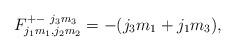
LaTeX: \begin{align*}F_{j_{1}m_{1},j_{2}m_{2}}^{+-~j_{3}m_{3}} = -(j_3m_1+j_1m_3), \end{align*}